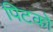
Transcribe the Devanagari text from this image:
पिटको